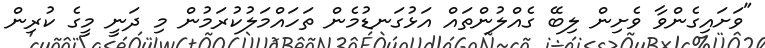
"ވަށައިގެންވާ ވެށިން ލިބޭ ގެއްލުންތައް އަޅުގަނޑުމެން ތަހައްމަލުކުރަމުން މި ދަނީ މީގެ ކުރިން